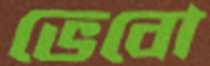
ভেবো